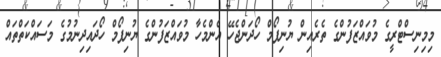
މިމިނިސްޓްރީގެ މުވައްޒަފުންގެ ތެރެއިން ޔުނިފޯމް ހޯދަންޖެހޭ އެންމެހާ މުވައްޒަފުންގެ ޔުނިފޯމް ހޯދައިދިނުމުގެ މަސައްކަތްތައް